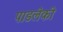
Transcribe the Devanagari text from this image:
पाडलेकी